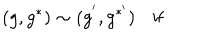
LaTeX: ( g , g ^ { * } ) \sim ( g ^ { ' } , g ^ { * ^ { \prime } } ) \ \ \, \ \mathrm { i f }